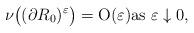
LaTeX: \begin{align*}\nu \bigl((\partial R_0)^\varepsilon \bigr) = \mathrm{O}(\varepsilon)\mbox{as } \varepsilon\downarrow 0,\end{align*}